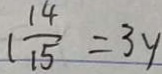
1 \frac { 1 4 } { 1 5 } = 3 y